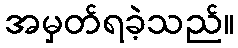
အမှတ်ရခဲ့သည်။